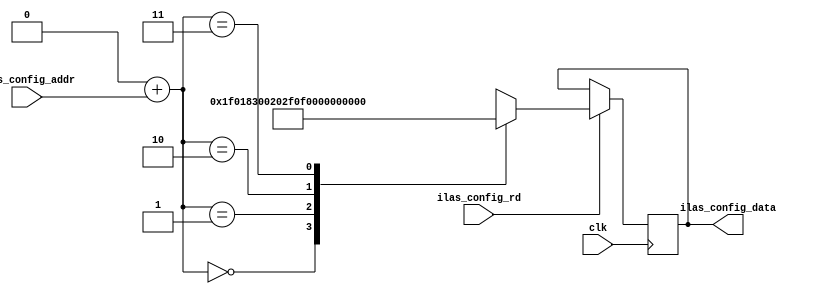
//
// The ADI JESD204 Core is released under the following license, which is
// different than all other HDL cores in this repository.
//
// Please read this, and understand the freedoms and responsibilities you have
// by using this source code/core.
//
// The JESD204 HDL, is copyright  2016-2017 Analog Devices Inc.
//
// This core is free software, you can use run, copy, study, change, ask
// questions about and improve this core. Distribution of source, or resulting
// binaries (including those inside an FPGA or ASIC) require you to release the
// source of the entire project (excluding the system libraries provide by the
// tools/compiler/FPGA vendor). These are the terms of the GNU General Public
// License version 2 as published by the Free Software Foundation.
//
// This core  is distributed in the hope that it will be useful, but WITHOUT ANY
// WARRANTY; without even the implied warranty of MERCHANTABILITY or FITNESS FOR
// A PARTICULAR PURPOSE. See the GNU General Public License for more details.
//
// You should have received a copy of the GNU General Public License version 2
// along with this source code, and binary.  If not, see
// <http://www.gnu.org/licenses/>.
//
// Commercial licenses (with commercial support) of this JESD204 core are also
// available under terms different than the General Public License. (e.g. they
// do not require you to accompany any image (FPGA or ASIC) using the JESD204
// core with any corresponding source code.) For these alternate terms you must
// purchase a license from Analog Devices Technology Licensing Office. Users
// interested in such a license should contact jesd204-licensing@analog.com for
// more information. This commercial license is sub-licensable (if you purchase
// chips from Analog Devices, incorporate them into your PCB level product, and
// purchase a JESD204 license, end users of your product will also have a
// license to use this core in a commercial setting without releasing their
// source code).
//
// In addition, we kindly ask you to acknowledge ADI in any program, application
// or publication in which you use this JESD204 HDL core. (You are not required
// to do so; it is up to your common sense to decide whether you want to comply
// with this request or not.) For general publications, we suggest referencing :
// The design and implementation of the JESD204 HDL Core used in this project
// is copyright  2016-2017, Analog Devices, Inc.
//

`timescale 1ns/100ps

module jesd204_ilas_config_static #(
  parameter DID = 8'h00,
  parameter BID = 4'h0,
  parameter L = 5'h3,
  parameter SCR = 1'b1,
  parameter F = 8'h01,
  parameter K = 5'h1f,
  parameter M = 8'h3,
  parameter N = 5'h0f,
  parameter CS = 2'h0,
  parameter NP = 5'h0f,
  parameter SUBCLASSV = 3'h1,
  parameter S = 5'h00,
  parameter JESDV = 3'h1,
  parameter CF = 5'h00,
  parameter HD = 1'b1,
  parameter NUM_LANES = 1,
  parameter DATA_PATH_WIDTH = 4
) (
  input clk,

  input [1:0] ilas_config_addr,
  input ilas_config_rd,
  output reg [NUM_LANES*DATA_PATH_WIDTH*8-1:0] ilas_config_data
);

wire [31:0] ilas_mem[0:3];
reg  [31:0] ilas_lane_mem[0:NUM_LANES-1][0:3];

assign ilas_mem[0][15:0] = 8'h00;
assign ilas_mem[0][23:16] = DID;         // DID
assign ilas_mem[0][27:24] = BID;         // BID
assign ilas_mem[0][31:28] = 4'h0;        // ADJCNT
assign ilas_mem[1][4:0] = 5'h00;         // LID
assign ilas_mem[1][5] = 1'b0;            // PHADJ
assign ilas_mem[1][6] = 1'b0;            // ADJDIR
assign ilas_mem[1][7] = 1'b0;            // X
assign ilas_mem[1][12:8] = L;            // L
assign ilas_mem[1][14:13] = 2'b00;       // X
assign ilas_mem[1][15] = SCR;            // SCR
assign ilas_mem[1][23:16] = F;           // F
assign ilas_mem[1][28:24] = K;           // K
assign ilas_mem[1][31:29] = 3'b000;      // X
assign ilas_mem[2][7:0] = M;             // M
assign ilas_mem[2][12:8] = N;            // N
assign ilas_mem[2][13] = 1'b0;           // X
assign ilas_mem[2][15:14] = CS;          // CS
assign ilas_mem[2][20:16] = NP;          // N'
assign ilas_mem[2][23:21] = SUBCLASSV;   // SUBCLASSV
assign ilas_mem[2][28:24] = S;           // S
assign ilas_mem[2][31:29] = JESDV;       // JESDV
assign ilas_mem[3][4:0] = CF;            // CF
assign ilas_mem[3][6:5] = 2'b00;         // X
assign ilas_mem[3][7] = HD;              // HD
assign ilas_mem[3][23:8] = 16'h0000;     // X
assign ilas_mem[3][31:24] = ilas_mem[0][23:16] + ilas_mem[0][31:24] +
  ilas_mem[1][4:0] + ilas_mem[1][5] + ilas_mem[1][6] + ilas_mem[1][12:8] +
  ilas_mem[1][15] + ilas_mem[1][23:16] + ilas_mem[1][28:24] +
  ilas_mem[2][7:0] + ilas_mem[2][12:8] + ilas_mem[2][15:14] +
  ilas_mem[2][20:16] + ilas_mem[2][23:21] + ilas_mem[2][28:24] +
  ilas_mem[2][31:29] + ilas_mem[3][4:0] + ilas_mem[3][7];

generate
genvar i;
genvar j;

for (i = 0; i < NUM_LANES; i = i + 1) begin: gen_lane
  for(j = 0; j < 4; j = j + 1) begin : gen_word
    always @(*) begin
      ilas_lane_mem[i][j] = ilas_mem[j];
      case(j)
        1: ilas_lane_mem[i][j][4:0] = i;
        3: ilas_lane_mem[i][j][31:24] = ilas_mem[3][31:24] + i;
      endcase
    end
  end

  always @(posedge clk) begin
    if (ilas_config_rd == 1'b1) begin
      if(DATA_PATH_WIDTH == 4) begin
        ilas_config_data[i*32+31:i*32] <= ilas_lane_mem[i][ilas_config_addr];
      end else begin
        ilas_config_data[i*64+63:i*64] <= {ilas_lane_mem[i][{ilas_config_addr[0], 1'b1}], ilas_lane_mem[i][{ilas_config_addr[0], 1'b0}]};
      end
    end
  end
end
endgenerate

endmodule